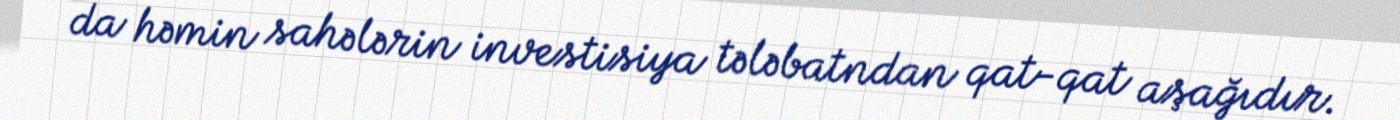
da həmin sahələrin investisiya tələbatndan qat-qat aşağıdır.